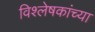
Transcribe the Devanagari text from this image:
विश्लेषकांच्या